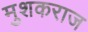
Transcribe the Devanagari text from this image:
मुशकराज